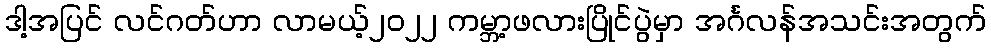
ဒါ့အပြင် လင်ဂတ်ဟာ လာမယ့်၂၀၂၂ ကမ္ဘာ့ဖလားပြိုင်ပွဲမှာ အင်္ဂလန်အသင်းအတွက်